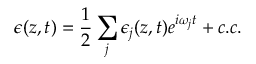
\epsilon ( z , t ) = \frac { 1 } { 2 } \sum _ { j } \epsilon _ { j } ( z , t ) e ^ { i \omega _ { j } t } + c . c .